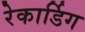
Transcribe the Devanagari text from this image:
रेकार्डिग